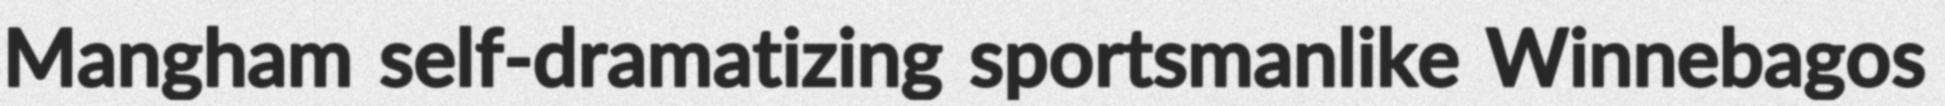
Mangham self-dramatizing sportsmanlike Winnebagos